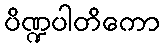
ပိဏ္ဍပါတိကော